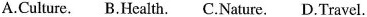
A.Culture. B.Health. C.Nature. D.Travel.